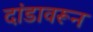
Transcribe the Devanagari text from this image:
दांडावरून